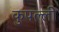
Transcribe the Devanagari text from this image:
कुपल्ली